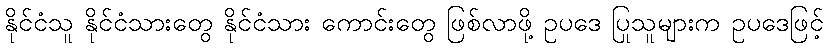
နိုင်ငံသူ နိုင်ငံသားတွေ နိုင်ငံသား ကောင်းတွေ ဖြစ်လာဖို့ ဥပဒေ ပြုသူများက ဥပဒေဖြင့်